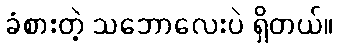
ခံစားတဲ့ သဘောလေးပဲ ရှိတယ်။